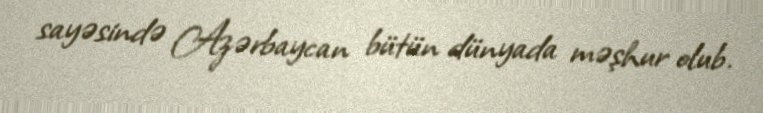
sayəsində Azərbaycan bütün dünyada məşhur olub.